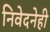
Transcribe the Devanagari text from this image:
निवेदनेही